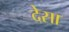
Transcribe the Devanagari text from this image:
देसा